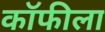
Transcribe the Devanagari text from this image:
कॉफीला